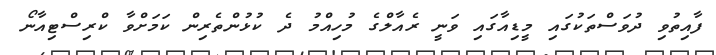
ފާއިތުވި ދުވަސްތަކުގައި މީޑިއާގައި ވަނީ ރެއާލްގެ މުހިއްމު ދެ ކުޅުންތެރިން ކަމަށްވާ ކްރިސްޓިއާނޯ